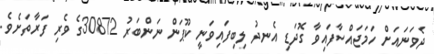
ދެވަނައަށް ހަމަޖައްސާފައިވާ ގޮދަޑި އެނދު ލިބިފައިވަނީ ކޫޕަން ނަންބަރު 30872ގެ ވެރި ފަރާތަށެވެ.